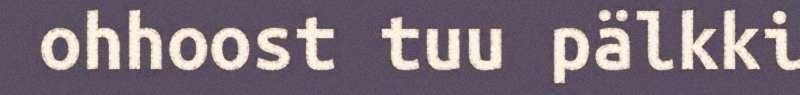
ohhoost tuu pälkki